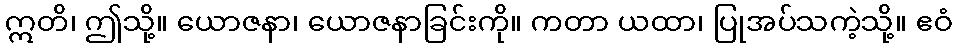
ဣတိ၊ ဤသို့။ ယောဇနာ၊ ယောဇနာခြင်းကို။ ကတာ ယထာ၊ ပြုအပ်သကဲ့သို့။ ဧဝံ